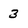
Character: 3